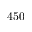
4 5 0